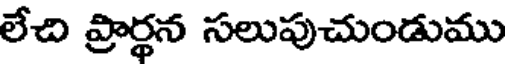
లేచి ప్రార్థన సలుపుచుండుము